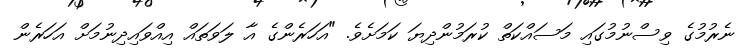
ނެރުމުގެ ވިސްނުމުގައި މަސައްކަތް ކުރަމުންދިޔަ ކަމަށެވެ. "އަހަރެންގެ އާ ލަވަތައް އިއްވައިދިނުމަށް އަހަރެން